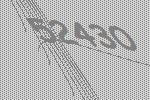
52430